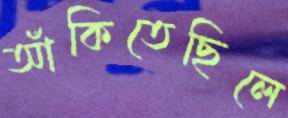
আঁকিতেছিলে